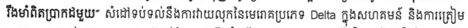
រឹងមាំពិតប្រាកដមួុយ" សំដៅទប់ទល់នឹងការវាយលុកនៃមេរោគប្រភេទ Delta ក្នុងសហគមន៏ និងការត្រៀម